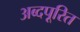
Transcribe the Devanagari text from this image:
अब्दपूरित